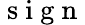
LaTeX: \mathrm{~s~i~g~n~}